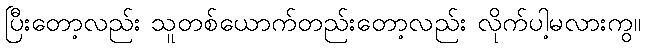
ပြီးတော့လည်း သူတစ်ယောက်တည်းတော့လည်း လိုက်ပါ့မလားကွ။